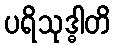
ပရိသုဒ္ဓါတိ